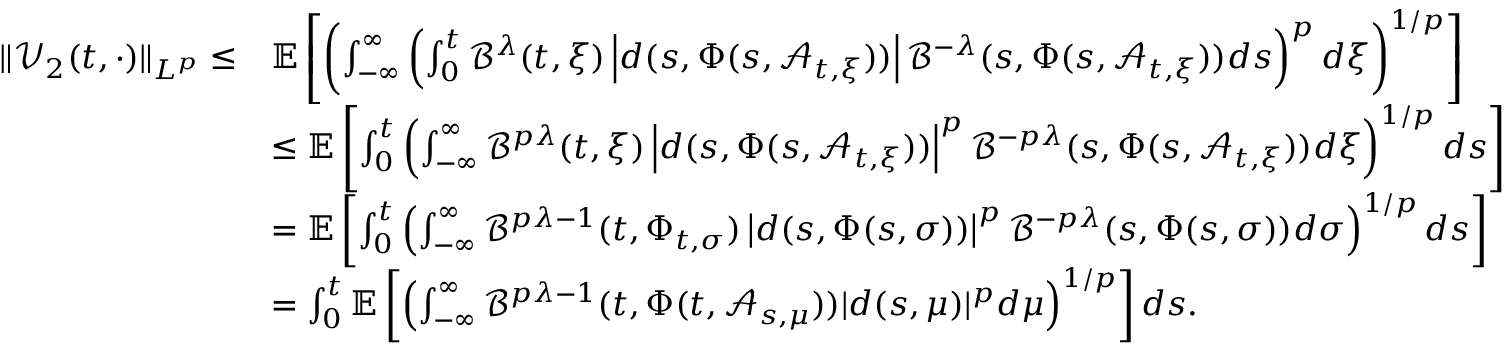
\begin{array} { r l } { \| \mathcal { V } _ { 2 } ( t , \cdot ) \| _ { L ^ { p } } \leq } & { \mathbb { E } \left[ \left( \int _ { - \infty } ^ { \infty } \left( \int _ { 0 } ^ { t } \mathcal { B } ^ { \lambda } ( t , \xi ) \left| d ( s , \Phi ( s , \mathcal { A } _ { t , \xi } ) ) \right| \mathcal { B } ^ { - \lambda } ( s , \Phi ( s , \mathcal { A } _ { t , \xi } ) ) d s \right) ^ { p } d \xi \right) ^ { 1 / p } \right] } \\ & { \leq \mathbb { E } \left[ \int _ { 0 } ^ { t } \left( \int _ { - \infty } ^ { \infty } \mathcal { B } ^ { p \lambda } ( t , \xi ) \left| d ( s , \Phi ( s , \mathcal { A } _ { t , \xi } ) ) \right| ^ { p } \mathcal { B } ^ { - p \lambda } ( s , \Phi ( s , \mathcal { A } _ { t , \xi } ) ) d \xi \right) ^ { 1 / p } d s \right] } \\ & { = \mathbb { E } \left[ \int _ { 0 } ^ { t } \left( \int _ { - \infty } ^ { \infty } \mathcal { B } ^ { p \lambda - 1 } ( t , \Phi _ { t , \sigma } ) \left| d ( s , \Phi ( s , \sigma ) ) \right| ^ { p } \mathcal { B } ^ { - p \lambda } ( s , \Phi ( s , \sigma ) ) d \sigma \right) ^ { 1 / p } d s \right] } \\ & { = \int _ { 0 } ^ { t } \mathbb { E } \left[ \left( \int _ { - \infty } ^ { \infty } \mathcal { B } ^ { p \lambda - 1 } ( t , \Phi ( t , \mathcal { A } _ { s , \mu } ) ) | d ( s , \mu ) | ^ { p } d \mu \right) ^ { 1 / p } \right] d s . } \end{array}